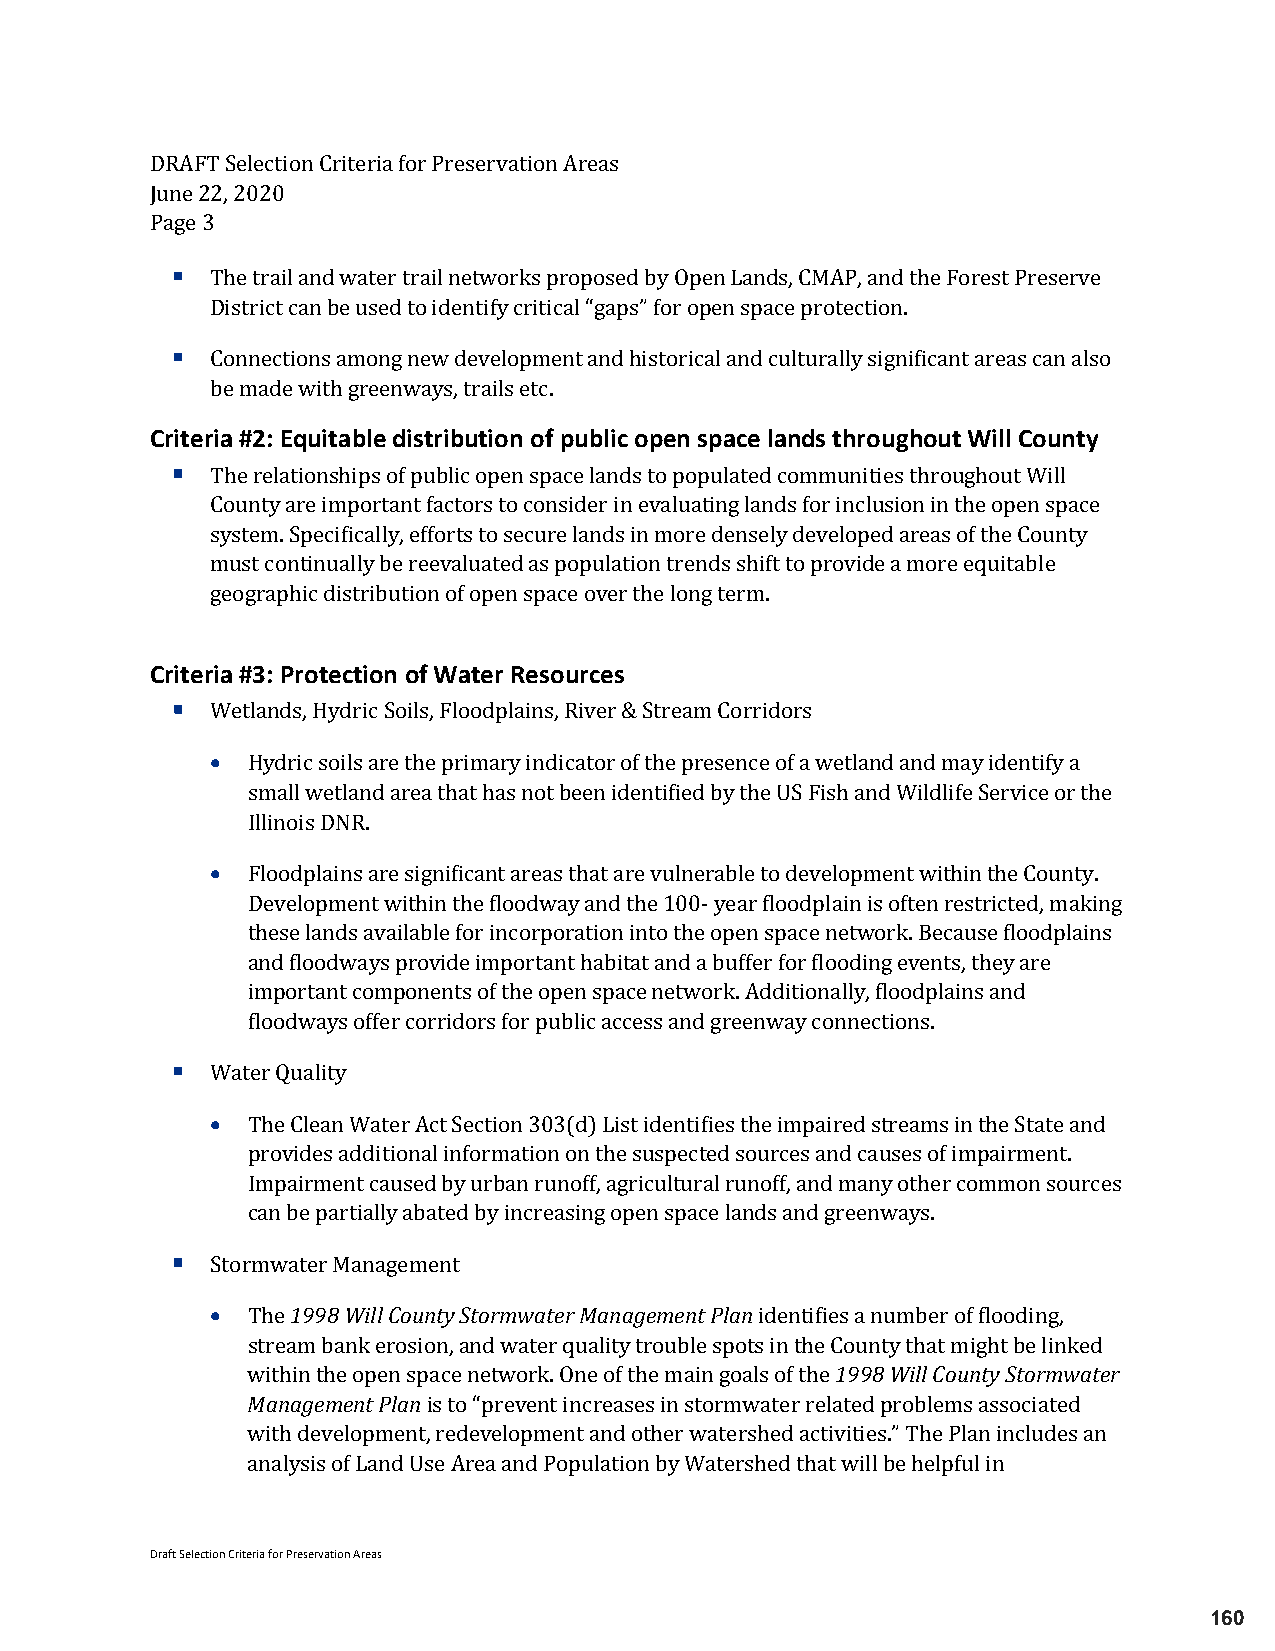
DRAFT Selection Criteria for Preservation Areas
 June 22, 2020
 Pag e 3
 The trail and water trail networks proposed by Open Lands, CMAP, and the Forest Preserve
   District can be used to identify critical “gaps” for open space protection.
 Connections among new development and historical and culturally significant areas can also
 Criterbiae m#2a:d Ee qwuiittha gbrleee ndwisatyrisb, turtaiiolsn e otcf. public open space lands throughout Will County
 
 The relationships of public open space lands to populated communities throughout Will
 County are important factors to consider in evaluating lands for inclusion in the open space
 system. Specifically, efforts to secure lands in more densely developed areas of the County
 must continually be reevaluated as population trends shift to provide a more equitable
 geographic distribution of open space over the long term.
 Criteria #3: Protection of Water Resources
 
 W• etlands, Hydric Soils, Floodplains, River & Stream Corridors
 Hydric soils are the primary indicator of the presence of a wetland and may identify a
 small wetland area that has not been identified by the US Fish and Wildlife Service or the
 • Illinois DNR.
 Floodplains are significant areas that are vulnerable to development within the County.
 Development within the floodway and the 100- year floodplain is often restricted, making
 these lands available for incorporation into the open space network. Because floodplains
 and floodways provide important habitat and a buffer for flooding events, they are
 important components of the open space network. Additionally, floodplains and
     floodways offer corridors for public access and greenway connections.
 W• ater Quality
 The Clean Water Act Section 303(d) List identifies the impaired streams in the State and
 provides additional information on the suspected sources and causes of impairment.
 Impairment caused by urban runoff, agricultural runoff, and many other common sources
     can be partially abated by increasing open space lands and greenways.
 S• tormwa1t9e9r8 M Wanilal gCeomunetnyt Stormwater Management Plan
 The                               identifies a number of flooding,
 1998 Will County Stormwater
 stream bank erosion,and water quality trouble spots in the County that mightbe linked
 Management Plan
 within the open space network. One of themain goals of the
 is to “prevent increases in stormwater relatedproblems associated
 with development,redevelopment and other watershed activities.” The Planincludes an
 analysis of Land Use Area and Population by Watershed that will be helpful in
 Draft Selection Criteria for Preservation Areas
 160